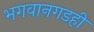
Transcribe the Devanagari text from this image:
भगवानगडही